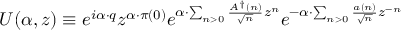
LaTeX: U ( \alpha , z ) \equiv e ^ { i \alpha \cdot q } z ^ { \alpha \cdot \pi ( 0 ) } e ^ { \alpha \cdot \sum _ { n > 0 } \frac { A ^ { \dag } ( n ) } { \sqrt { n } } z ^ { n } } e ^ { - \alpha \cdot \sum _ { n > 0 } \frac { a ( n ) } { \sqrt { n } } z ^ { - n } }